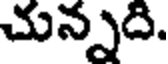
చున్నది.